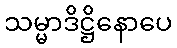
သမ္မာဒိဋ္ဌိနောပေ